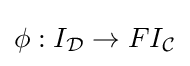
\phi :I_{\mathcal {D}}\to FI_{\mathcal {C}}